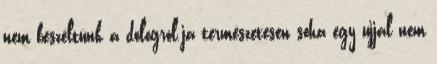
nem beszéltünk a dologról.ja természetesen soha egy ujjal nem